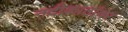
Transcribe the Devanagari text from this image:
नदीकाठांवर